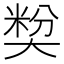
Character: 𡙢